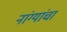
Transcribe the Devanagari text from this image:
नांग्यांचा